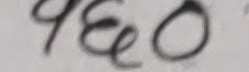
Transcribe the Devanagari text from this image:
५६०